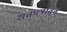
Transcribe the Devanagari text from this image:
शतपत्रातून